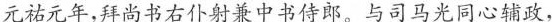
元祜元年，拜尚书右仆射兼中书侍郎。与司马光同心辅政，